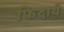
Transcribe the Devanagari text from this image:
फिदाये